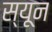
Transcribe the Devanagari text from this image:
स्यून